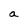
Character: a